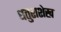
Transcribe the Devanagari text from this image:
धतुराशेख